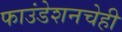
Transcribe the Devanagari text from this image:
फाउंडेशनचेही